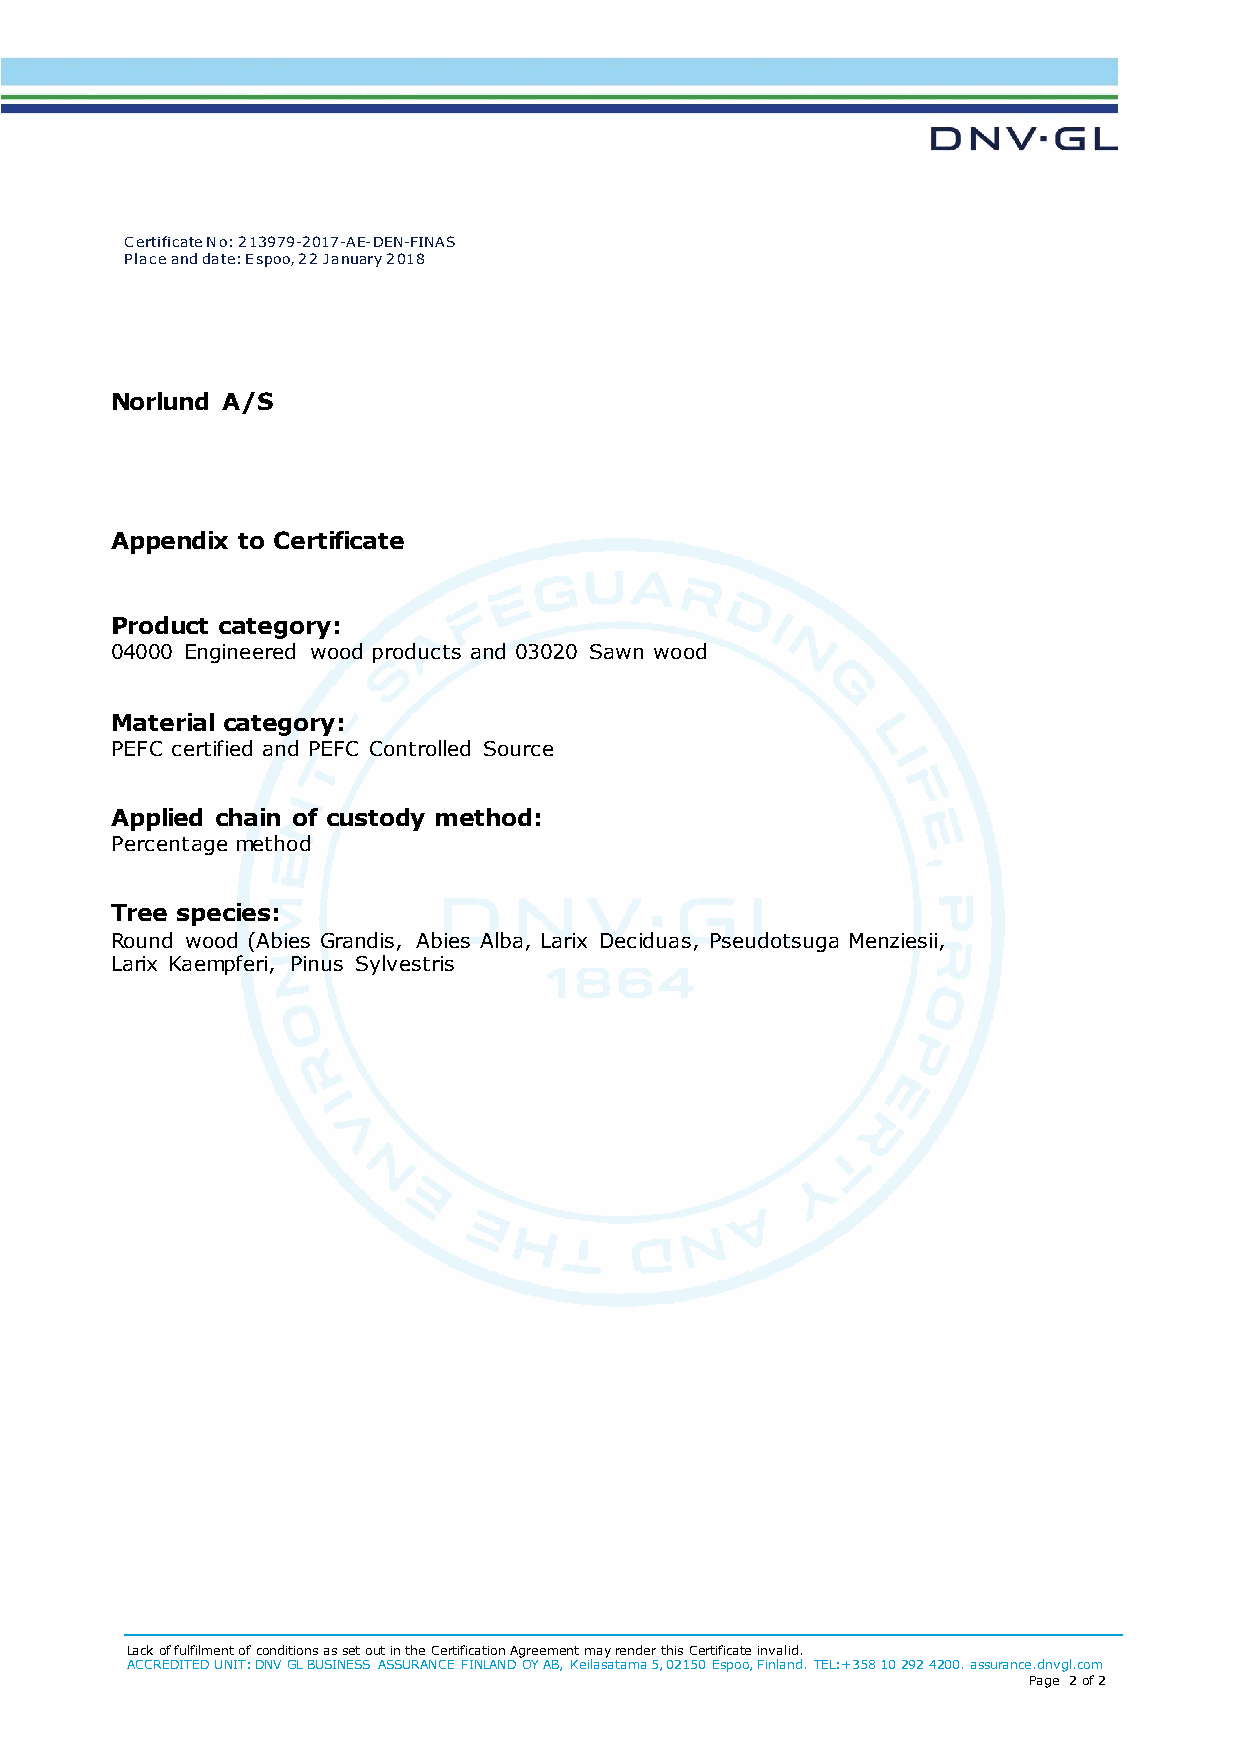
Certificate No: 213979-2017-AE-DEN-FINAS
 Place and date: Espoo, 22 January 2018
 Norlund A/S
 Appendix to Certificate
 Product category:
 04000 Engineered wood products and 03020 Sawn wood
 Material category:
 PEFC certified and PEFC Controlled Source
 Applied chain of custody method:
 Percentage method
 Tree species:
 Round wood (Abies Grandis, Abies Alba, Larix Deciduas, Pseudotsuga Menziesii,
 Larix Kaempferi, Pinus Sylvestris
 Lack of fulfilment of conditions as set out in the Certification Agreement may render this Certificate invalid.
 ACCREDITED UNIT: DNV GL BUSINESS ASSURANCE FINLAND OY AB, Keilasatama 5, 02150 Espoo, Finland. TEL:+358 10 292 4200. assurance.dnvgl.com
 Page 2 of 2